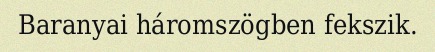
Baranyai háromszögben fekszik.